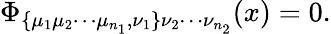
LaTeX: \Phi_{\mathbf\{ \mu_{1}\mu_{2}\cdots\mu_{n_{1}},\nu_{1}\} \nu_{2}\cdots\nu_{n_{2}}}(x)=0.